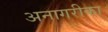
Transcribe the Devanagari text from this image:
अनागरीका